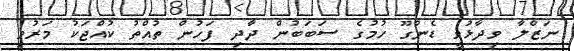
ނަޒްލާ ވިދާޅުވީ ޑެންގޫ ހުމުގެ ސަބަބުން ދާދި ފަހުން ތުއްތު ކުއްޖަކު މަރުވި